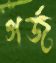
গর্জ